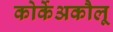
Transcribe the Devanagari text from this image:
कोर्केअकौलू